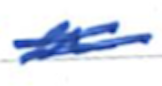
Text: a
Cross-out: double-line
Writing tool: ballpoint